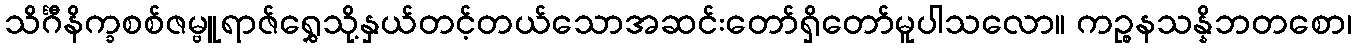
သိင်္ဂီနိက္ခစစ်ဇမ္ဗူရာဇ်ရွှေသို့နှယ်တင့်တယ်သောအဆင်းတော်ရှိတော်မူပါသလော။ ကဉ္စနသန္နိဘတစော၊